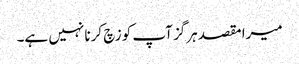
میرا مقصد ہرگز آپ کو زچ کرنا نہیں ہے۔